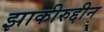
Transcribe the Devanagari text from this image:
झाकीरुद्दीन